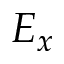
E _ { x }